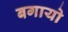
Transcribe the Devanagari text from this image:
बगायो